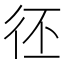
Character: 𢓖